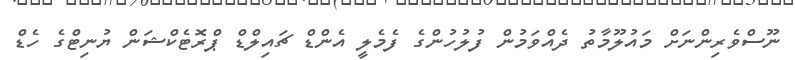
ނޫސްވެރިންނަށް މައުލޫމާތު ދެއްވަމުން ފުލުހުންގެ ފެމެލީ އެންޑް ޗައިލްޑް ޕްރޮޓެކްޝަން ޔުނިޓްގެ ހެޑް